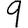
Digit: 9